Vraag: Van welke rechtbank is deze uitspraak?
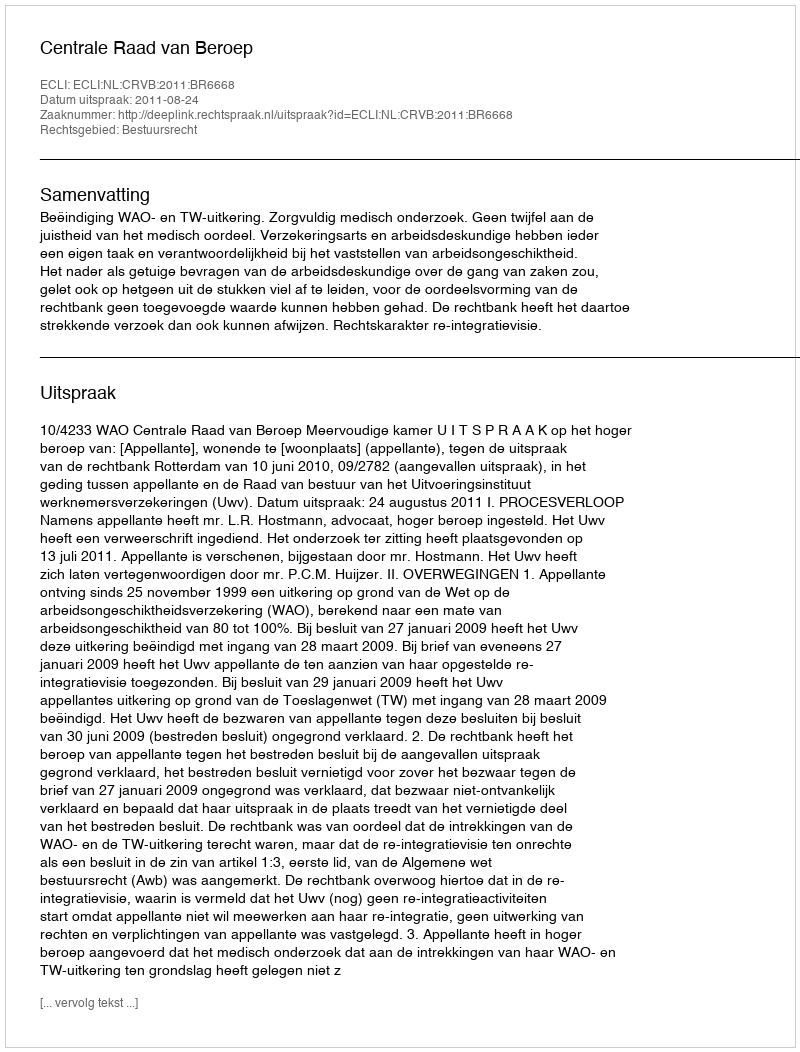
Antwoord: Centrale Raad van Beroep